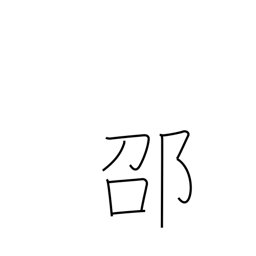
Meaning: place name